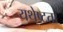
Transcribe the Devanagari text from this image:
यथेष्टता